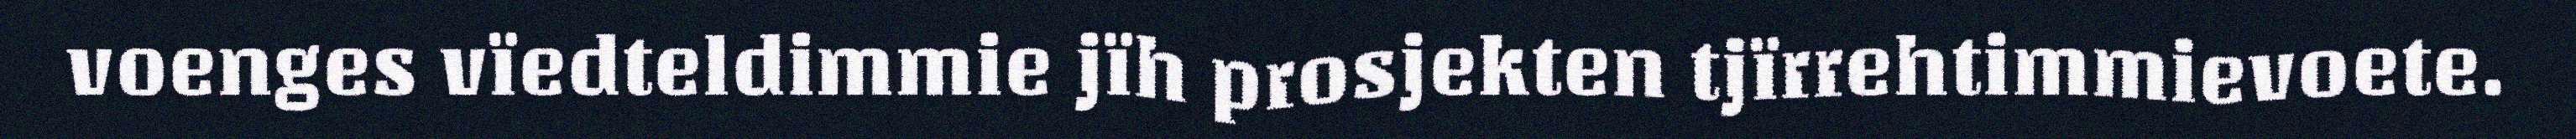
voenges vïedteldimmie jïh prosjekten tjïrrehtimmievoete.